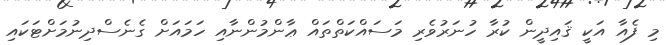
މި ފެއާ އަކީ ޤައިދީން ކުރާ ހުނަރުވެރި މަސައްކަތްތައް ޢާންމުންނާއި ހަމައަށް ގެނެސްދިނުމަށްޓަކައި